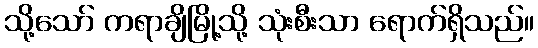
သို့သော် ကရာချိမြို့သို့ သုံးစီးသာ ရောက်ရှိသည်။